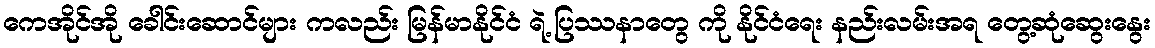
ကေအိုင်အို ခေါင်းဆောင်များ ကလည်း မြန်မာနိုင်ငံ ရဲ့ ပြဿနာတွေ ကို နိုင်ငံရေး နည်းလမ်းအရ တွေ့ဆုံဆွေးနွေး